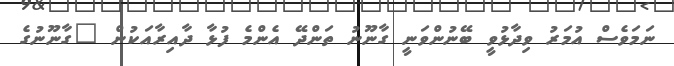
ނަމަވެސް އުމަރު ވިދާޅުވީ ބޭނުންވަނީ ގާނޫނު ތަންދޭ އެންމެ ފުޅާ ދާއިރާއަކުން "ގާނޫނުގެ